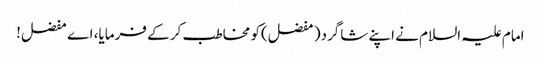
امام علیہ السلام نے اپنے شاگرد( مفضل)کو مخاطب کر کے فرمایا، اے مفضل!